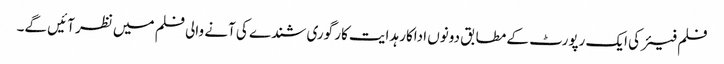
فلم فیئر کی ایک رپورٹ کے مطابق دونوں اداکار ہدایت کار گوری شندے کی آنے والی فلم میں نظر آئیں گے۔